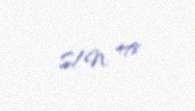
S/N: 478